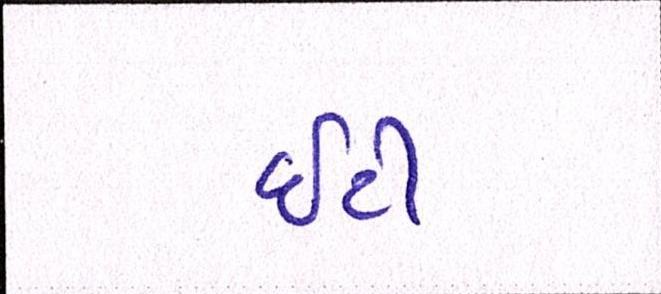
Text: ઇટી